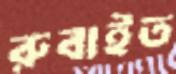
রুবাইত